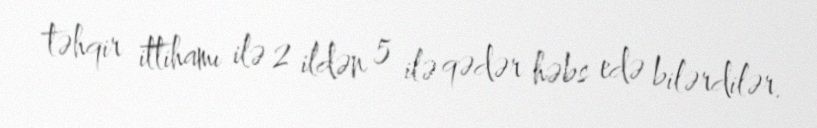
təhqir ittihamı ilə 2 ildən 5 ilə qədər həbs edə bilərdilər.